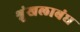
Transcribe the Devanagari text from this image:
श्रृंखलाबंध